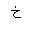
Letter: _kha